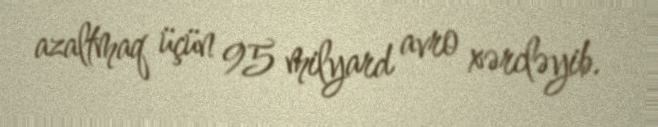
azaltmaq üçün 95 milyard avro xərcləyib.